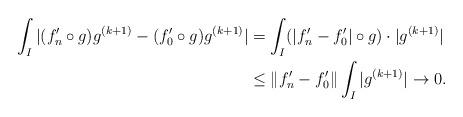
LaTeX: \begin{align*}\int_I|(f_n'\circ g)g^{(k+1)}-(f_0'\circ g)g^{(k+1)}| &= \int_I (|f_n'-f_0'|\circ g)\cdot |g^{(k+1)}|\\&\leq \|f_n'-f_0'\|\int_I |g^{(k+1)}|\rightarrow 0.\end{align*}